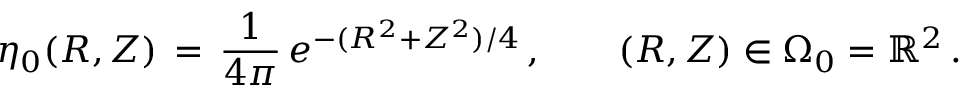
\eta _ { 0 } ( R , Z ) \, = \, \frac { 1 } { 4 \pi } \, e ^ { - ( R ^ { 2 } + Z ^ { 2 } ) / 4 } \, , \qquad ( R , Z ) \in \Omega _ { 0 } = \mathbb { R } ^ { 2 } \, .